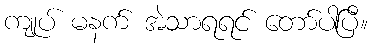
ကျုပ် မနက် အဲသာရရင် တော်ပါပြီ။